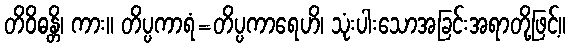
တိဝိဓန္တိ၊ ကား။ တိပ္ပကာရံ=တိပ္ပကာရေဟိ၊ သုံးပါးသောအခြင်းအရာတို့ဖြင့်။